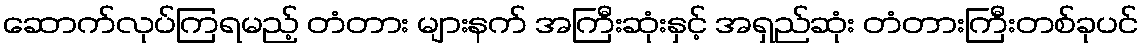
ဆောက်လုပ်ကြရမည့် တံတား များနက် အကြီးဆုံးနှင့် အရှည်ဆုံး တံတားကြီးတစ်ခုပင်